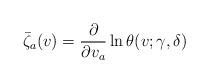
LaTeX: \begin{align*}\bar \zeta _a(v)=\frac{\partial }{\partial v_a}\ln \theta (v;\gamma ,\delta )\end{align*}